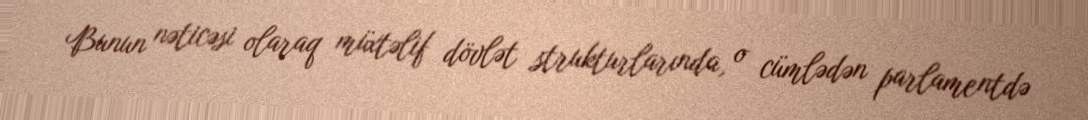
Bunun nəticəsi olaraq müxtəlif dövlət strukturlarında, o cümlədən parlamentdə